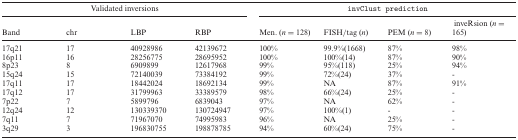
| <COLSPAN=4> Validated inversions | <COLSPAN=4> invClust prediction |
 | Band | chr | LBP | RBP | Men. (n = 128) | FISH/tag (n) | PEM (n = 8) | inveRsion (n = 165) |
 | --- | --- | --- | --- | --- | --- | --- | --- |
 | 17q21 | 17 | 40928986 | 42139672 | 100% | 99.9%(1668) | 87% | 98% |
 | 16p11 | 16 | 28256775 | 28695952 | 100% | 100%(14) | 87% | 90% |
 | 8p23 | 8 | 6909899 | 12617968 | 99% | 95%(118) | 25% | 94% |
 | 15q24 | 15 | 72140039 | 73384192 | 99% | 72%(24) | 37% | - |
 | 17q11 | 17 | 18442024 | 18692134 | 99% | NA | 87% | 91% |
 | 17q12 | 17 | 31799963 | 33389579 | 98% | 66%(24) | 25% | - |
 | 7p22 | 7 | 5899796 | 6839043 | 97% | NA | 62% | - |
 | 12q24 | 12 | 130339370 | 130724947 | 97% | 100%(1) | - | - |
 | 7q11 | 7 | 71967070 | 74995983 | 96% | NA | 25% | - |
 | 3q29 | 3 | 196830755 | 198878785 | 94% | 60%(24) | 75% | - |